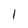
Character: I